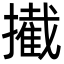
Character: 擮